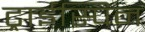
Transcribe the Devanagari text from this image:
ट्राईस्पिन